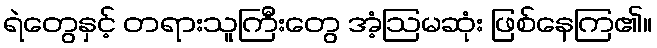
ရဲတွေနှင့် တရားသူကြီးတွေ အံ့ဩမဆုံး ဖြစ်နေကြ၏။